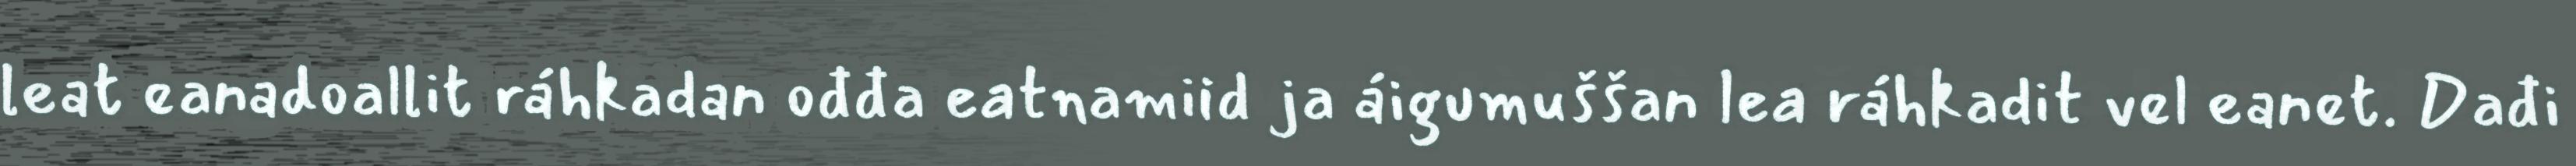
leat eanadoallit ráhkadan ođđa eatnamiid ja áigumuššan lea ráhkadit vel eanet. Dađi